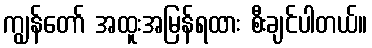
ကျွန်တော် အထူးအမြန်ရထား စီးချင်ပါတယ်။